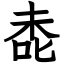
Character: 㖝